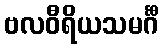
ဗလဝီရိယသမင်္ဂီ